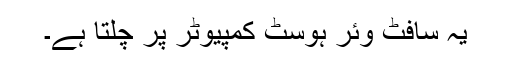
یہ سافٹ وئر ہوسٹ کمپیوٹر پر چلتا ہے۔